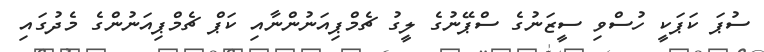
ސުޕަ ކަޕަކީ ހުސްވި ސީޒަނުގެ ސްޕޭނުގެ ލީގު ޗެމްޕިއަނުންނާއި ކަޕް ޗެމްޕިއަނުންގެ މެދުގައި